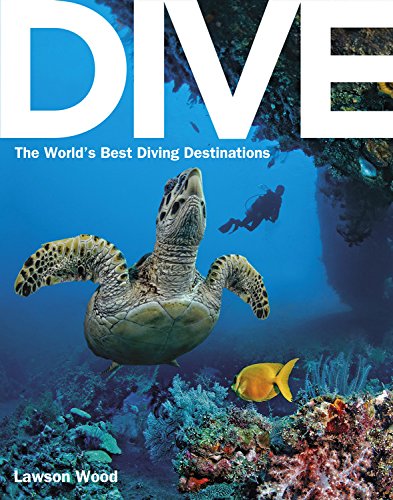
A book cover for Dive: the World's Best Dive Destinations; Lawson Wood; Sports & Outdoors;